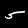
Digit: 5